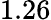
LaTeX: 1.26